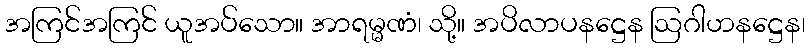
အကြင်အကြင် ယူအပ်သော။ အာရမ္မဏံ၊ သို့။ အပိလာပနဋ္ဌေန ဩဂါဟနဋ္ဌေန၊